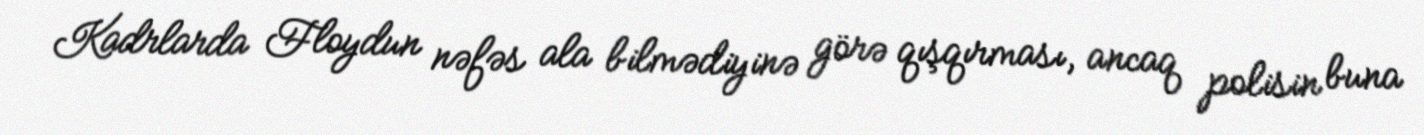
Kadrlarda Floydun nəfəs ala bilmədiyinə görə qışqırması, ancaq polisin buna